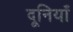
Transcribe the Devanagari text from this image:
दूनियाँ